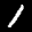
Label: 1